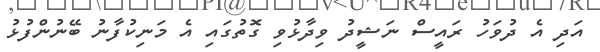
އަދި އެ ދުވަހު ރައީސް ނަޝީދު ވިދާޅުވި ގޮތުގައި އެ މަނިކުފާނު ބޭނުންފުޅު